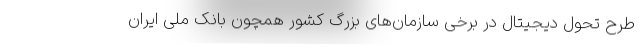
طرح تحول دیجیتال در برخی سازمان‌های بزرگ کشور همچون بانک ملی ایران